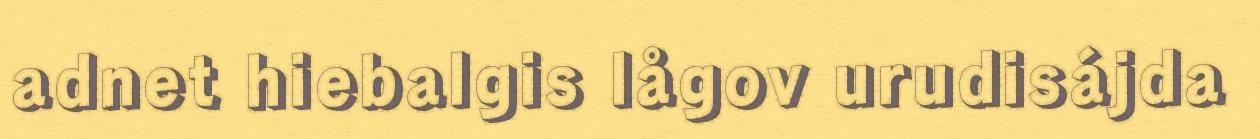
adnet hiebalgis lågov urudisájda